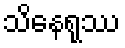
သိနေရုဿ